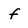
Character: f